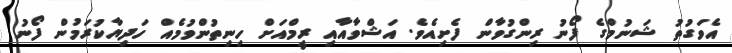
އެވަގުތު ޝަނުމްގެ ފޯނު ރިންގުވާން ފެށިއެވެ. އަޝްވާއާއި ރީމްއަށް ހިނިތުންވުމެއް ހަދިޔާކުރަމުން ފޯނު